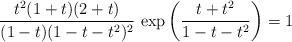
LaTeX: \begin{align*} \frac{t^2 (1 + t) (2 + t)}{(1 - t) (1 - t - t^2)^2} \, \exp\left(\frac{t + t^2}{1 - t - t^2}\right) = 1 \end{align*}